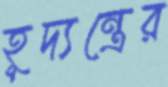
হূদ্যন্ত্রের